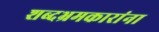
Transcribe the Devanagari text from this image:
शब्दभ्रमकारांना